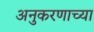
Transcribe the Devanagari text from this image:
अनुकरणाच्या